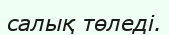
салық төледі.